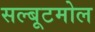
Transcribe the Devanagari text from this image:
सल्बूटमोल